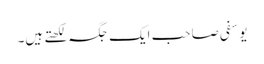
یوسفی صاحب ایک جگہ لکھتے ہیں۔